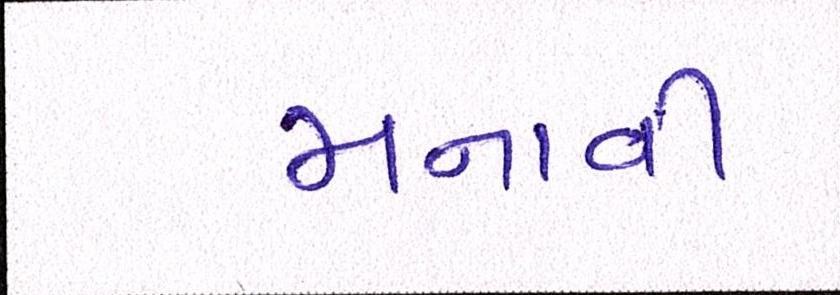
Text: મનાવી